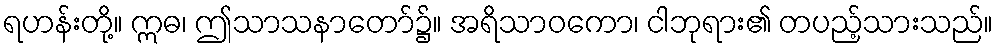
ရဟန်းတို့။ ဣဓ၊ ဤသာသနာတော်၌။ အရိသာဝကော၊ ငါဘုရား၏ တပည့်သားသည်။